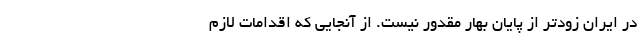
در ایران زودتر از پایان بهار مقدور نیست. از آنجایی که اقدامات لازم